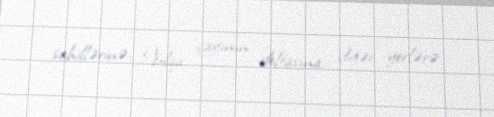
sahillərinə, Volqa çayının deltasına, digər yerlərə.